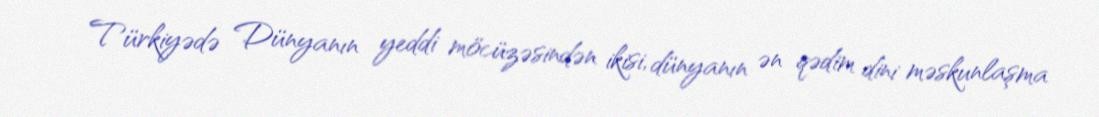
Türkiyədə Dünyanın yeddi möcüzəsindən ikisi, dünyanın ən qədim dini məskunlaşma